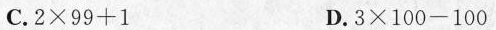
C.$$ 2 × 9 9 + 1 $$ D.$$ 3 × 1 0 0 - 1 0 0 $$